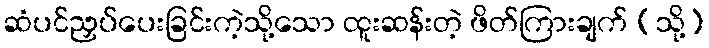
ဆံပင်ညှပ်ပေးခြင်းကဲ့သို့သော ထူးဆန်းတဲ့ ဖိတ်ကြားချက် (သို့)